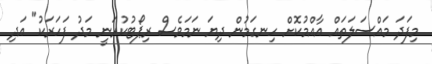
މިފަދަ މައްސަލަތައް އާއްމުކޮށް ހިނގަމުން ދިޔަ ނަމަވެސް ރިޕޯޓުކުރަނީ މަދު ފަހަރަކު" އަދި